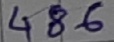
Text: 486